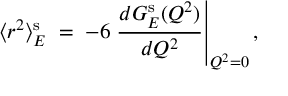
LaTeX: \langle r ^ { 2 } \rangle _ { E } ^ { \mathrm { s } } \; = \; - 6 \left. \frac { d G _ { E } ^ { \mathrm { s } } ( Q ^ { 2 } ) } { d Q ^ { 2 } } \right| _ { Q ^ { 2 } = 0 } ,